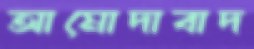
আমোদাবাদ